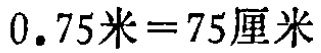
\(0.75米=75厘米\)